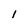
Character: I